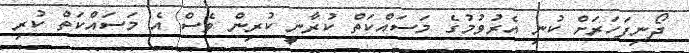
ދޯނިފަހަރަށް ކުނި އެރުވުމުގެ މަސައްކަތް ކުރާނީ ކުރިން ވެސް އެ މަސައްކަތް ކުރި